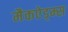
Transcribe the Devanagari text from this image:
मैकऐड्म्स